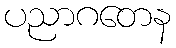
ပညာဂတေန